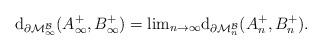
LaTeX: \begin{align*}\mathrm{d}_{\partial\mathcal{M}^{\mathcal{B}}_{\infty}}(A^{+}_{\infty},B^{+}_{\infty})={\lim}_{n\rightarrow\infty}\mathrm{d}_{\partial\mathcal{M}^{\mathcal{B}}_{n}}(A^{+}_{n},B^{+}_{n}).\end{align*}